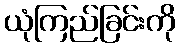
ယုံကြည်ခြင်းကို